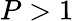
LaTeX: {P>1}